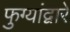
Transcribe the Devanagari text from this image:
फुग्यांद्वारे